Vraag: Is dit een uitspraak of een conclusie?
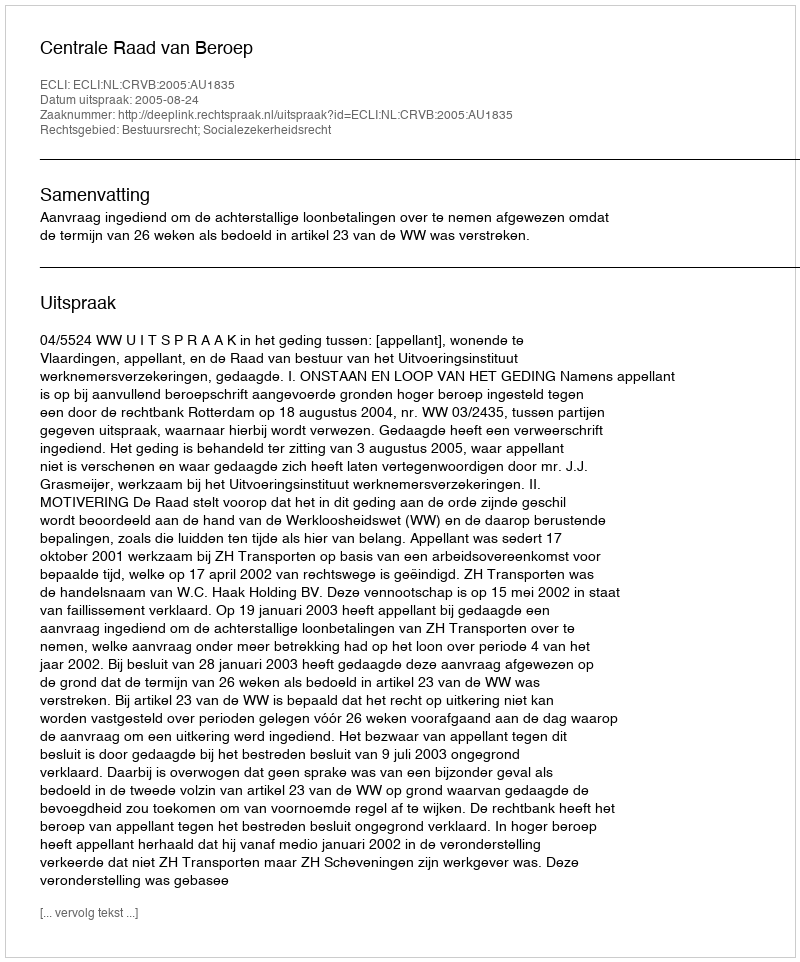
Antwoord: Uitspraak